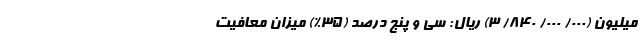
میلیون (۰۰۰/ ۰۰۰/ ۸۴۰/ ۳) ریال: سی و پنج درصد (۳۵%) میزان معافیت